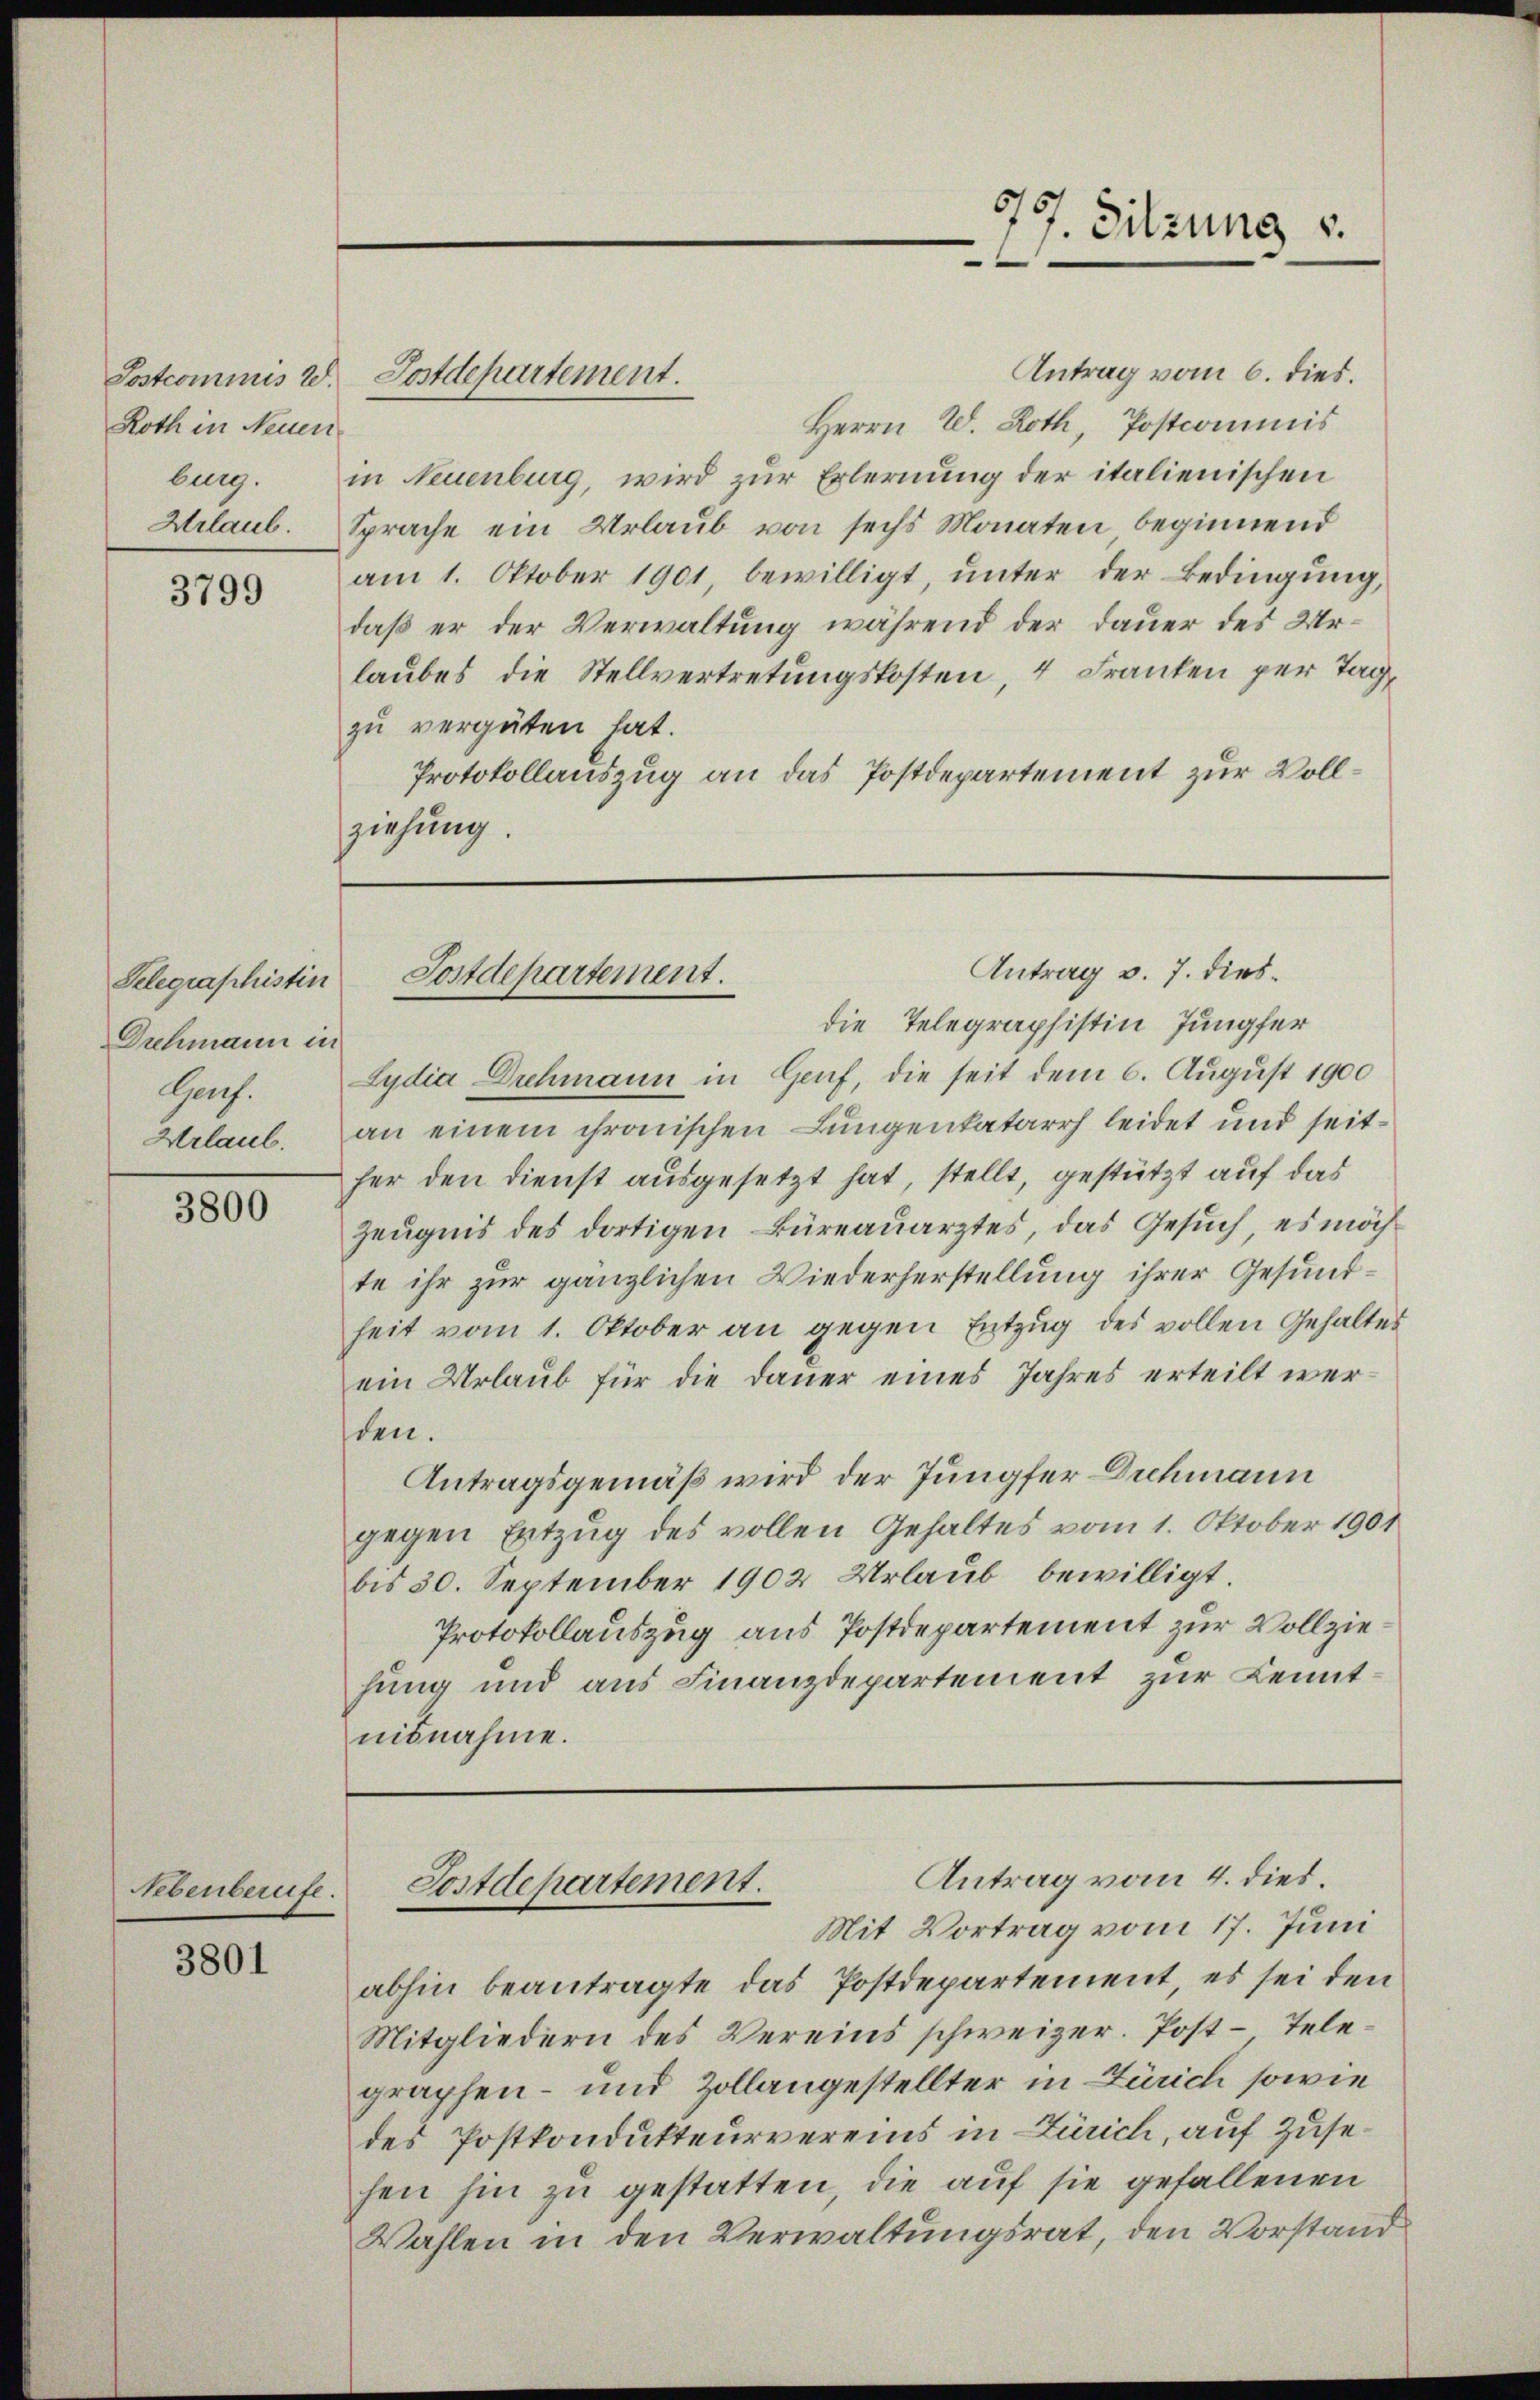
Roth in Neuen
burg.
Urlaub.

3799

Selegraphistin
Drchmann in
Geh.
Urlaub.

3800

Nebenberufe.

3801

Antrag vom 6. dies
Postcommis W. Postdepartement.
Herrn W. Roth, Postcommis
in Neuenburg, wird zur Erlernung der italienischen
Sprache ein Urlaub von sechs Monaten beginnend
am 1. Oktober 1901, bewilligt, unter der Bedingung,
daß er der Verwaltung während der Dauer des Urlaubes die Stellvertretungskosten, 4 Franken per Tag,
zu vergüten hat.
Protokollauszug an das Postdepartement zur Vollziehung.

777. Sitzung u.
e

Antrag v. 7. dies¬
Postdepartement.

die Telegraphistin Jungfer
Lydia Drehmann in Genf, die seit dem 6. August 1900
an einem chronischen Lungenkatarrh leidet und seither den dienst ausgesetzt hat, stellt, gestützt auf das
Zeugnis des dortigen Büreauarztes, das Gesuch, es möch
te ihr zur gänzlichen Wiederherstellung ihrer Gesundheit vom 1. Oktober an gegen Entzug des vollen Gehaltes
ein Urlaub für die Dauer eines Jahres erteilt werden.
Antragsgemäß wird der Jungfer Dichmann
gegen Entzug des vollen Gehaltes vom 1. Oktober 1901
bis 30. September 1902 Urlaub bewilligt.
Protokollauszug aus Postdepartement zur Vollziehung und aus Finanzdepartement zur Kenntnisnahme.

Antrag vom 4. dies.
Postdepartement.
Mit Vortrag vom 17. Juni

abhin beantragte das Postdepartement, es sei den
Mitgliedern des Vereins schweizer. Post-Telegraphen- und Zollangestellter in Zürich sowie
des Postkondukteurvereins in Zürich, auf Zusehen hin zu gestatten, die auf sie gefallenen
Wahlen in den Verwaltungsrat, den Vorstand